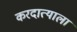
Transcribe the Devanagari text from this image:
करदात्याला